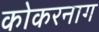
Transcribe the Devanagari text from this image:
कोकरनाग